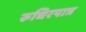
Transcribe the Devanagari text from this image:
रुधिरपात्र